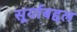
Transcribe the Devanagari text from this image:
सूर्याबद्दल